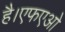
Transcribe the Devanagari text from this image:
है।एफएओ